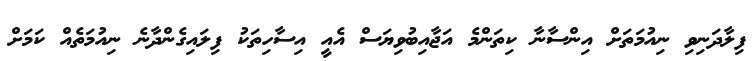
ފިލާދަނިވި ނިއުމަތަށް އިންސާނާ ކިތަންމެ އަޖާއިބުވިޔަސް އެއީ އިސާހިތަކު ފިލައިގެންދާނެ ނިއުމަތެއް ކަމަށް